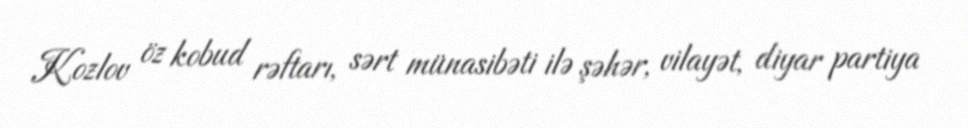
Kozlov öz kobud rəftarı, sərt münasibəti ilə şəhər, vilayət, diyar partiya